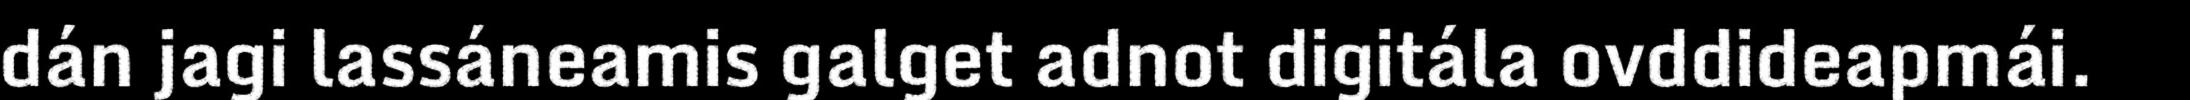
dán jagi lassáneamis galget adnot digitála ovddideapmái.